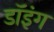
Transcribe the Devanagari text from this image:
डॉइंग